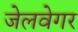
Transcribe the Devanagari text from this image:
जेलवेगर